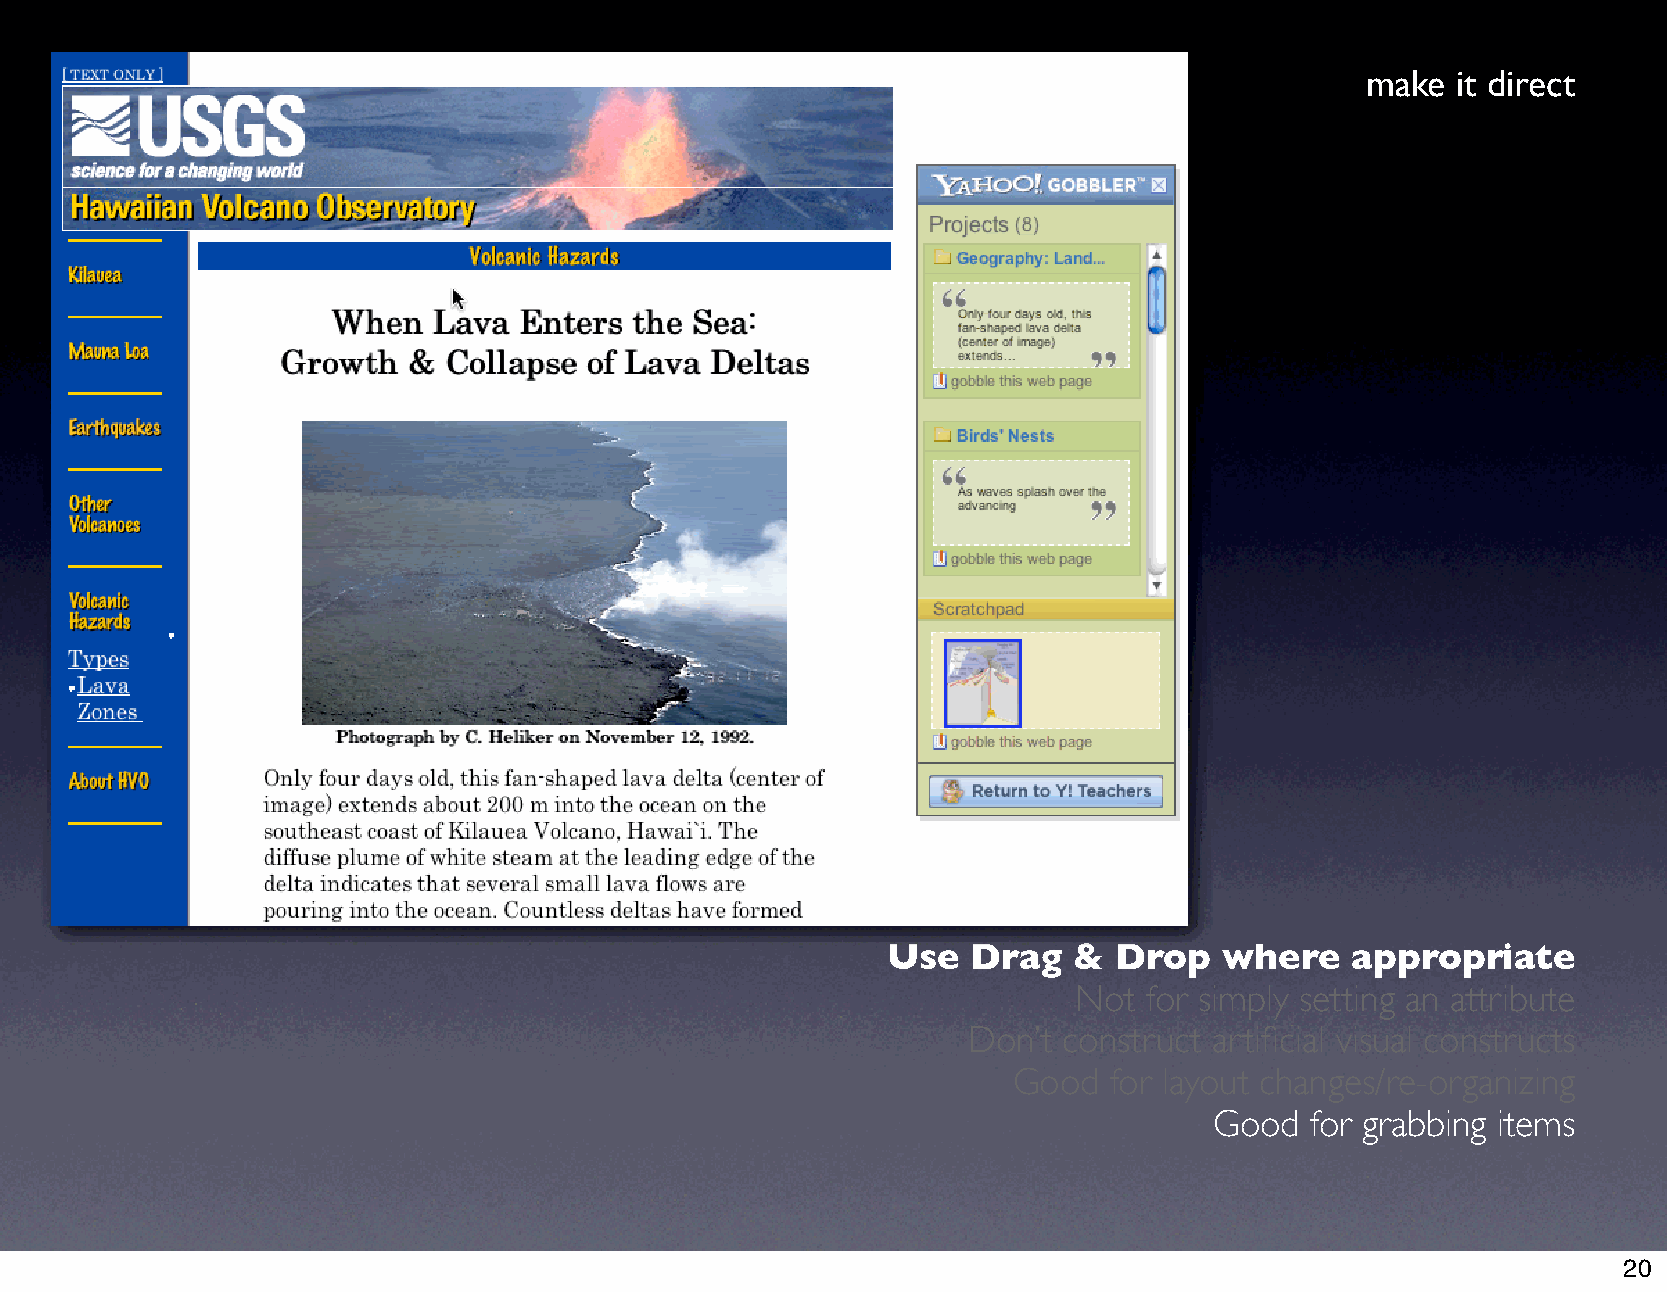
make  it direct
 Use  Drag   &  Drop   where   appropriate
 Not  for simply setting an attribute
 Don’t construct artificial visual constructs
 Good  for layout changes/re-organizing
 Good   for grabbing items
 20